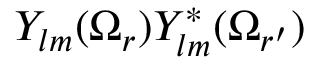
Y _ { l m } ( \Omega _ { r } ) Y _ { l m } ^ { * } ( \Omega _ { r ^ { \prime } } )